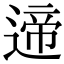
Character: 遆